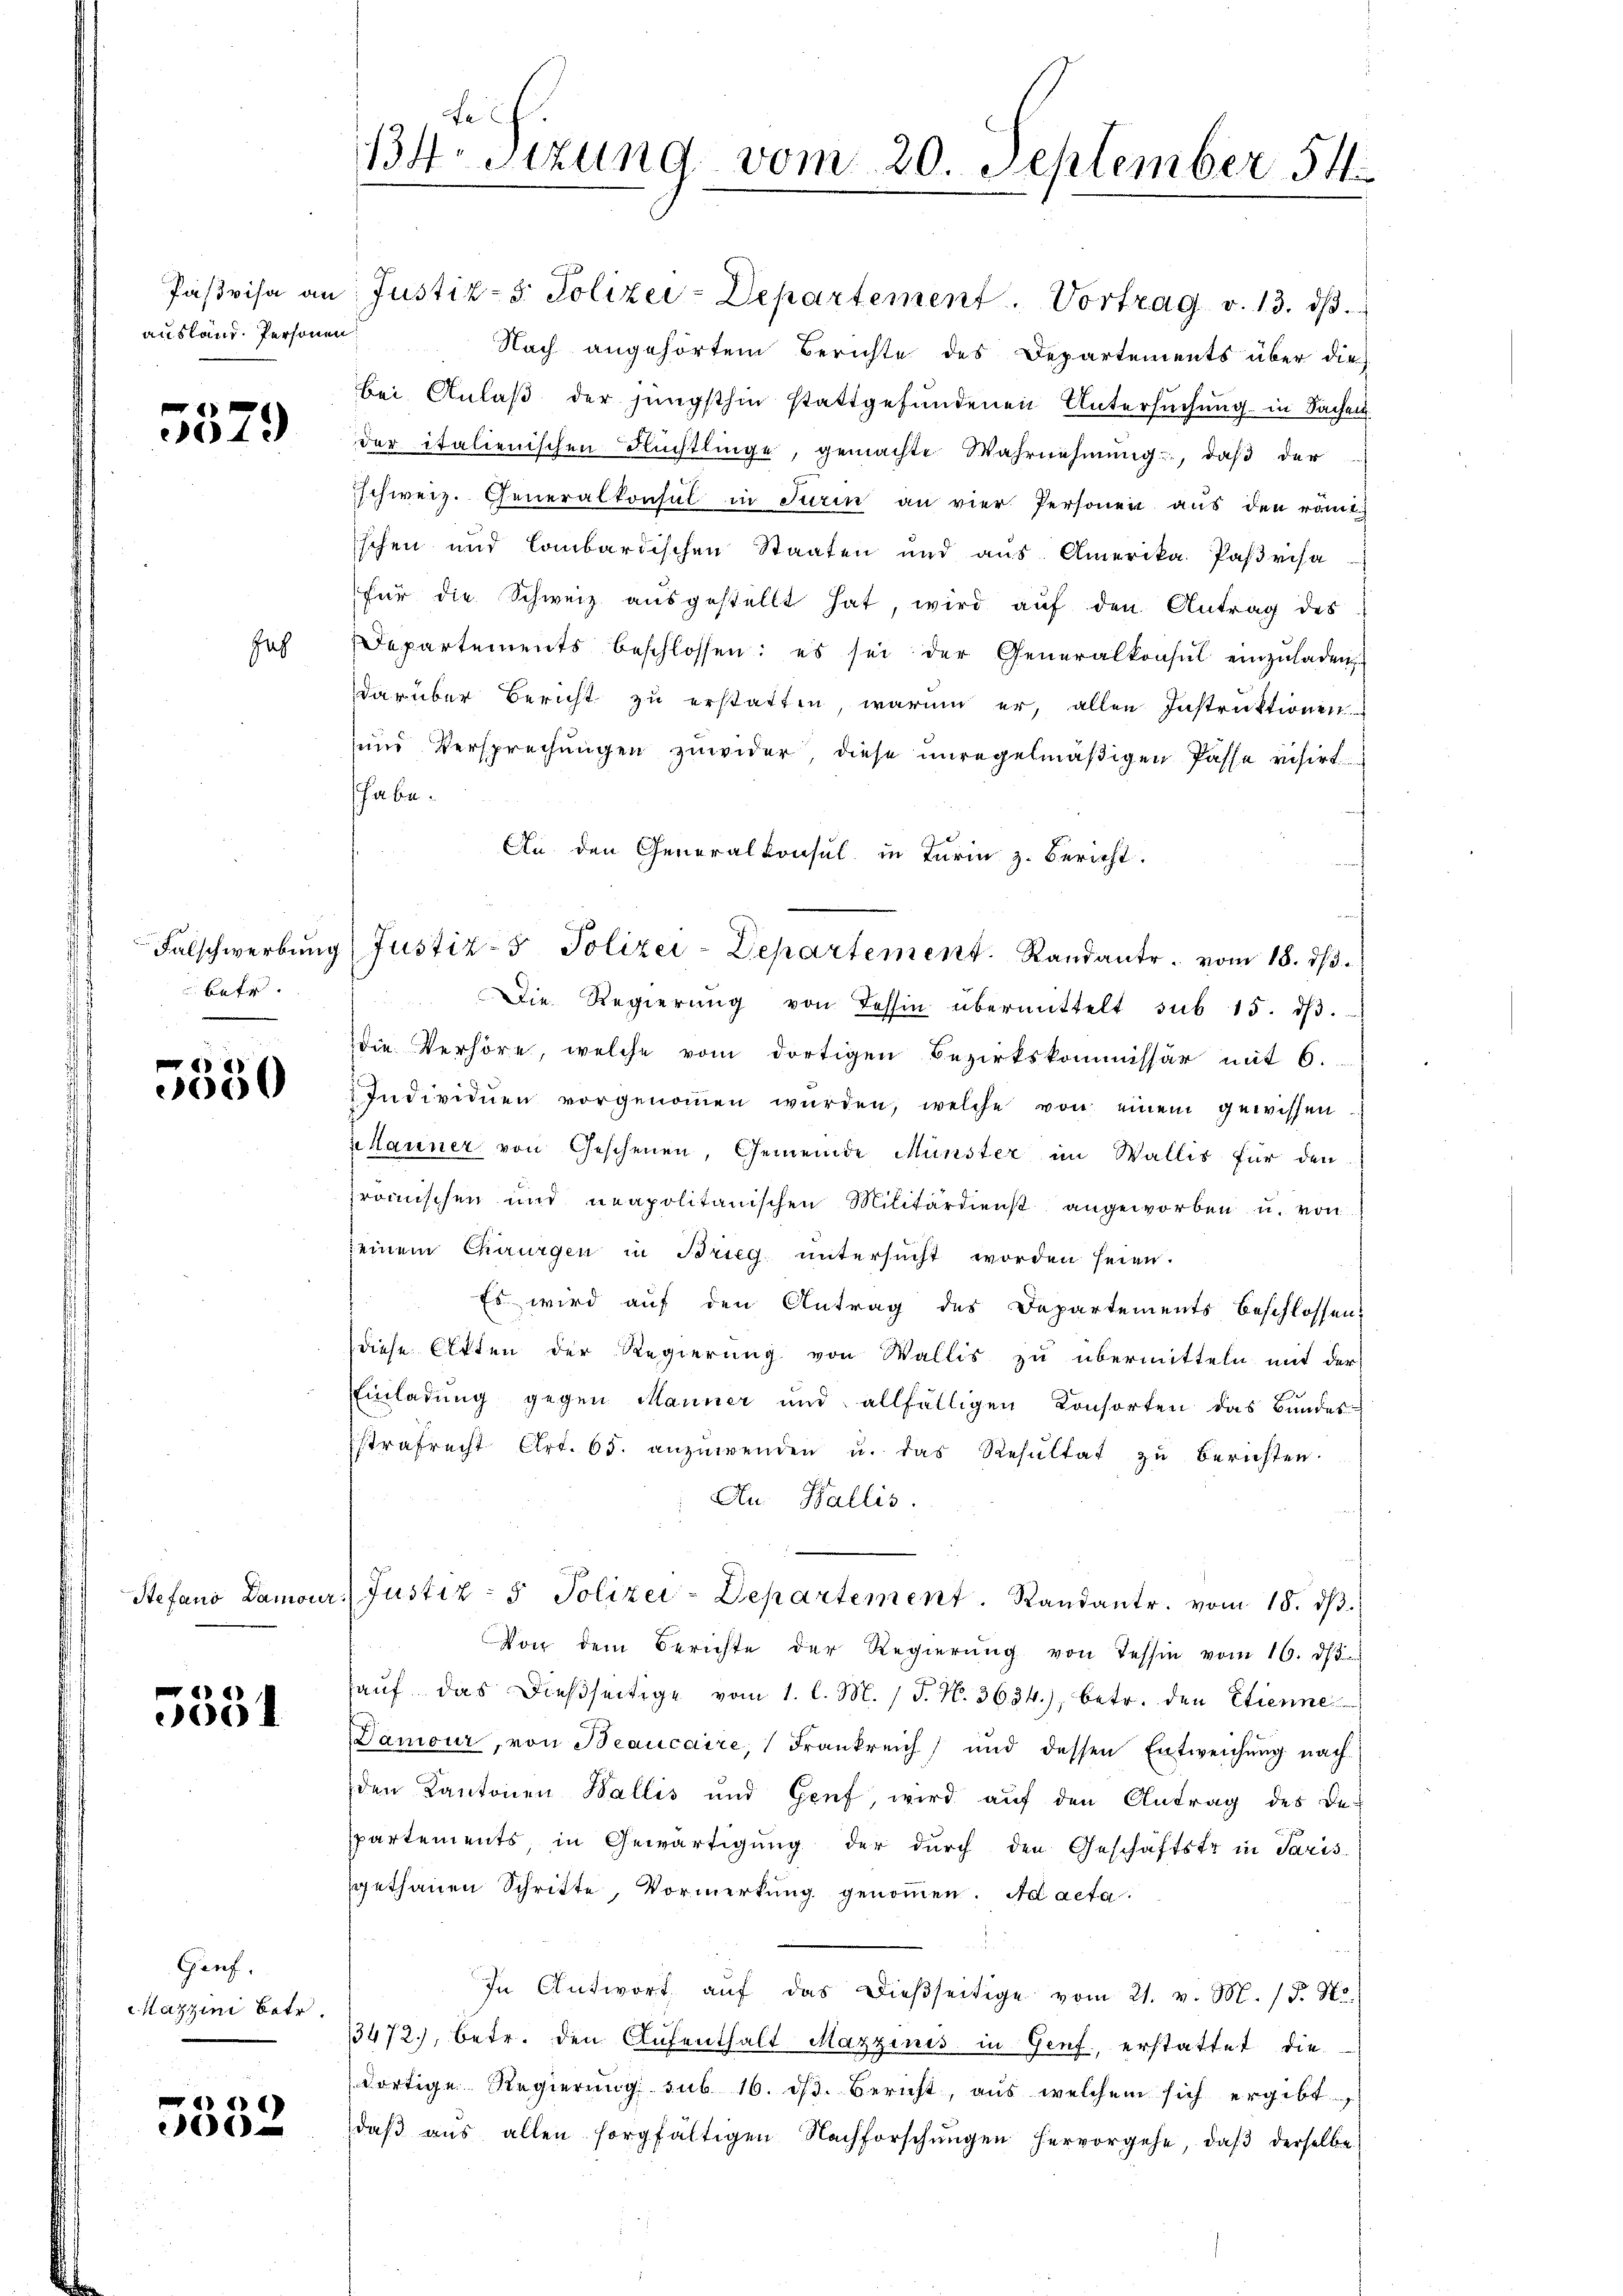
ausland. Personen

5579

Jah

betr.

5530

)
00

Genf.
azzini betr.

16)
.

134. Sizung vom 20. September 54

Pasvisa an Justiz- & Polizei-Departement. Vortrag v. 13. dβ.
Nach angehörtem Berichte des Departements über die
bei Anlaß der jüngsthin stattgefundenen Untersuchung in Sachen
der italienischen Flüchtlinge, gemachte Wahrnehmung, daß der
sschweiz. Generalkonsul in Turin an vier Personen aus den römi
schen und lombardischen Staaten und aus. Amerika Parisa
für die Schweiz aŭsgestellt hat, wird aŭf den Antrag des
Departements beschlossen: es sei der Generalkonsul einzŭladen
darüber Bericht zu erstatten, warum er, allen Instruktionen
und Versprechungen zuwider, diese unregelmäßigen Passa visirt
habe.
An den Generalkonsul in Turin z. Bericht.
Falschwerbŭng Justiz- & Polizei-Departement. Randante. vom 18. dβ.
Die Regierŭng von Tessin übermittelt sub 15. dβ.
die Verhöre, welche vom dortigen Bezirkskommissär mit 6.
Individuen vorgenoṁen würden, welche von einem gewissen
Hauner von Geschenen, Gemeinde Münster im Wallis für den
frömischen und neapolitanischen Militärdienst angeworben u. von
seinem Chirurgen in Brieg untersŭcht worden seien.
Es wird auf den Antrag des Departements beschlossen,
diese Atten der Regierung von Wallis zu übermitteln mit der
Einladung gegen Manner und allfälligen Konsorten das Bundes-
Estrafrecht Art. 65. anzŭwenden u. das Resŭltat zŭ beruhten.
Au. Wallis.
Stefano Damour. Justiz- & Polizei-Departement. Randantr. vom 18. dβ.
Von dem Berichte der Regierŭng von Tessin vom 16. d.
haŭf das dießseitige vom 1. l. M. / J. N. 3634), betr. den Etienne
Damour, von Beaucaire, Frankreich und dessen Entweichung nach
den Kantonen Wallis und Genf, wird aŭf den Antrag des Be-
spartements, in Gewärtigung der durch den Geschäftstr in Paris
sgethanen Schritte, Vormerkung genommen. Ad acta
In Antwort aŭf das dieβseitige vom 21. v. M. (T. No.
3472, betr. den Aufenthalt Mazzinis in Genf, erstattet die
dortige Regierung sub 16. dβ. Bericht, aus welchem sich ergibt,
daβ aŭs allen sorgfältigen Nachforschŭngen hervorgehe, daβ derselbe